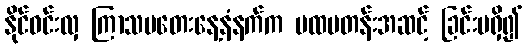
နိုင်ဝင်းလှ ကြာသပတေးနေ့နံနက်က ပထမတန်းအဆင့် ခြင်းမရှိ၍